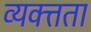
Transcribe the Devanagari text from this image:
व्यक्त्तता